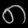
Digit: ၈